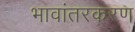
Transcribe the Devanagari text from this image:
भावांतरकरण